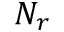
N _ { r }